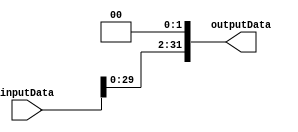
`timescale 1ps/1ps
module ShiftLeft #(parameter SIZE = 32) (
    inputData, 
    outputData
    );
    
    input [SIZE-1:0] inputData;
    
    output [SIZE-1:0] outputData;
    
    assign outputData = inputData << 2;
    
endmodule